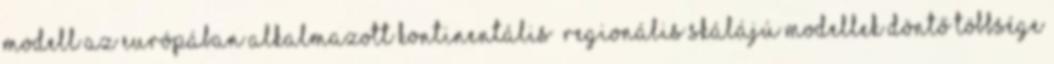
modell Az Európában alkalmazott kontinentális regionális skálájú modellek döntő többsége